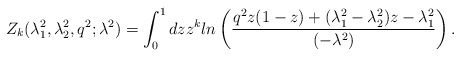
\begin{align*}Z_{k}(\lambda _{1}^{2},\lambda _{2}^{2},q^{2};\lambda^{2})=\int_{0}^{1}dzz^{k}ln\left( \frac{q^{2}z(1-z)+(\lambda_{1}^{2}-\lambda _{2}^{2})z-\lambda _{1}^{2}}{(-\lambda ^{2})}\right) .\end{align*}